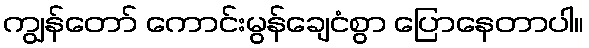
ကျွန်တော် ကောင်းမွန်ချေငံစွာ ပြောနေတာပါ။